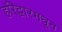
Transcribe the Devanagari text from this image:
हरिद्वारमधून